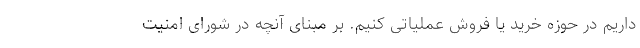
داریم در حوزه خرید یا فروش عملیاتی کنیم. بر مبنای آنچه در شورای امنیت